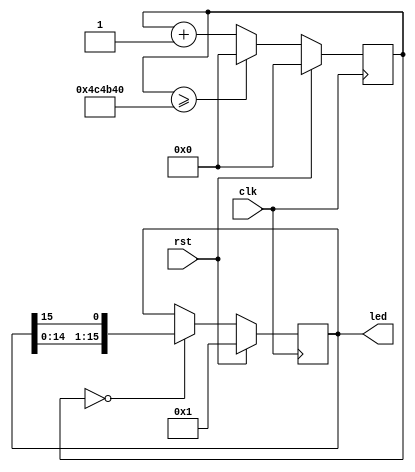
module light(
  input clk,
  input rst,
  output reg [15:0] led
);
  reg [31:0] count;
  always @(posedge clk) begin
    if (rst) begin led <= 1; count <= 0; end
    else begin
      if (count == 0) led <= {led[14:0], led[15]};
      count <= (count >= 5000000 ? 32'b0 : count + 1);
    end
  end
endmodule